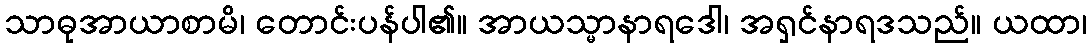
သာဓုအာယာစာမိ၊ တောင်းပန်ပါ၏။ အာယသ္မာနာရဒေါ၊ အရှင်နာရဒသည်။ ယထာ၊